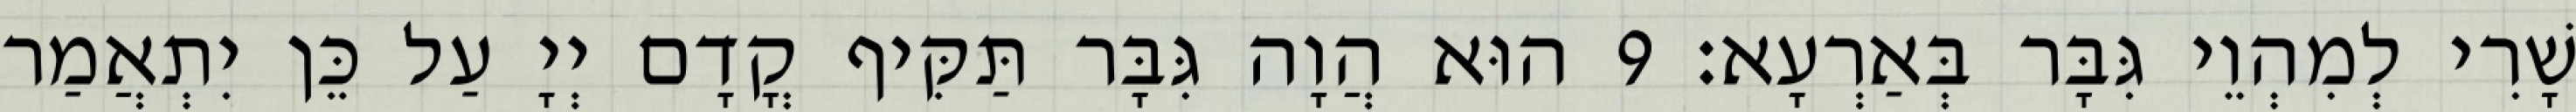
שָׁרִי לְמִהְוֵי גִּבָּר בְּאַרְעָא׃ 9 הוּא הֲוָה גִּבָּר תַּקִּיף קֳדָם יְיָ עַל כֵּן יִתְאֲמַר